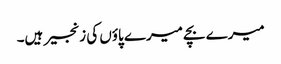
میرے بچے میرے پاؤں کی زنجیر ہیں۔